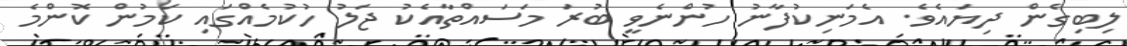
ލިބިގެން ދިޔައެވެ. އެމަނިކުފާނު ހުންނެވީ ބުރަ މަސައްތާއެކު ޖަލު ހުކުމެއްގައި ކަމުން ކޮންމެ